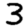
Digit: 3